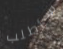
سأطلب